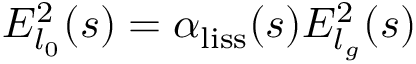
E _ { l _ { 0 } } ^ { 2 } ( s ) = \alpha _ { \mathrm { { l i s s } } } ( s ) E _ { l _ { g } } ^ { 2 } ( s )